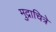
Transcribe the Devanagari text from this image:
मुद्राचित्रे